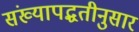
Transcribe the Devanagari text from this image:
संख्यापद्धतीनुसार